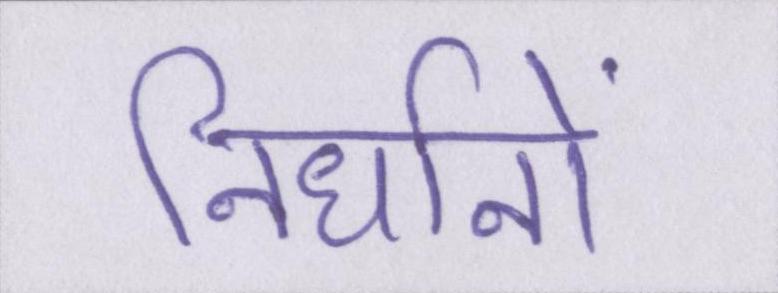
निर्धानों